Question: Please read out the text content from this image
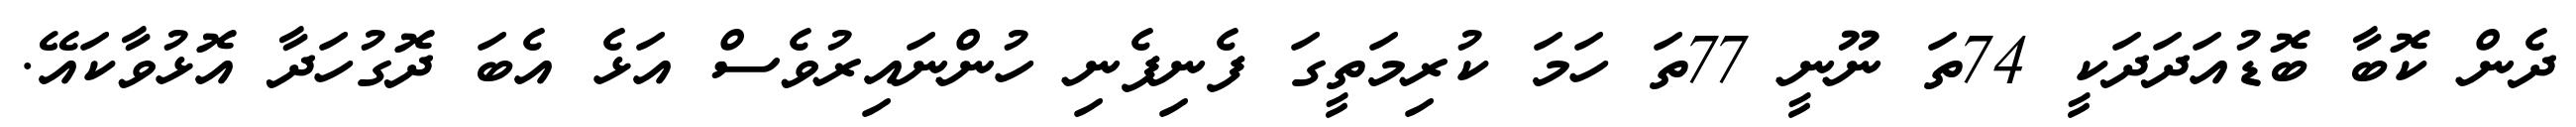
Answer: ދެން ކޮބާ ބޮޑުއަދަދަކީ 74ތަ ނޫނީ 77ތަ ހަމަ ކުރިމަތީގަ ފެނިފެނި ހުންނައިރުވެސް އަޅެ އެބަ ދޮގުހަދާ އޮޅުވާކައޭ.